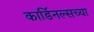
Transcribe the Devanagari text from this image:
कार्डिनल्सच्या